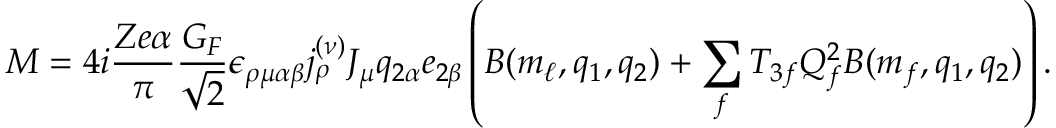
M = 4 i { \frac { Z e \alpha } { \pi } } { \frac { G _ { F } } { \sqrt { 2 } } } \epsilon _ { \rho \mu \alpha \beta } j _ { \rho } ^ { ( \nu ) } J _ { \mu } q _ { 2 \alpha } e _ { 2 \beta } \left( B ( m _ { \ell } , q _ { 1 } , q _ { 2 } ) + \sum _ { f } T _ { 3 f } Q _ { f } ^ { 2 } B ( m _ { f } , q _ { 1 } , q _ { 2 } ) \right) .